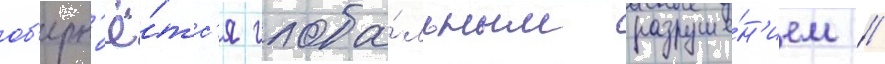
об'ерн'ё́тс'я глоба́льным разруше́н'ием //